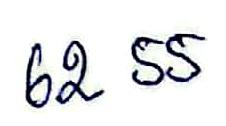
62 55